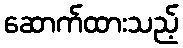
ဆောက်ထားသည့်